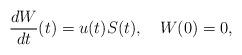
LaTeX: \begin{align*} \frac{dW}{dt}(t)= u(t)S(t),\ \ \ W(0)=0,\\\end{align*}